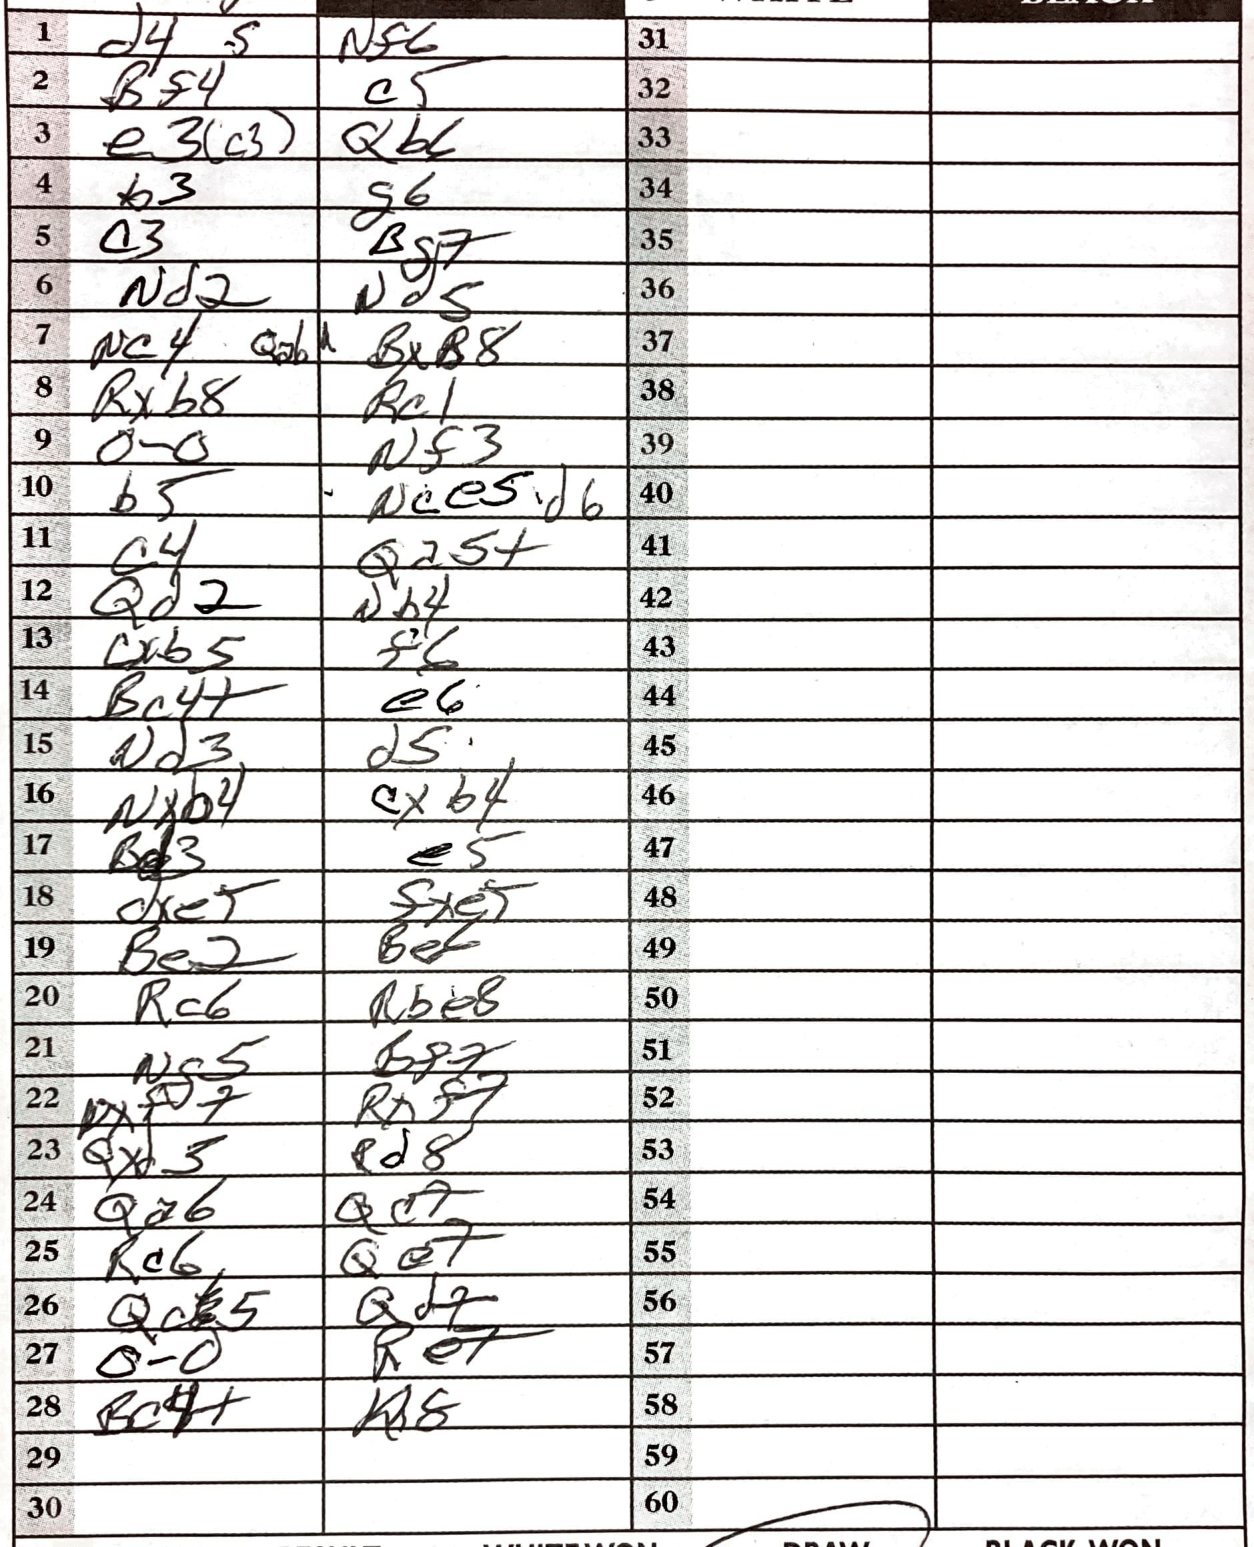
Moves: d4 Nf6 Bf4 c5 e3c3 Qb6 b3 g6 c3 Bg7 Nd2 Nd5 Nc4 Bxb8 Rxb8 Rc1 O-O Nf3 b5 Nce5d6 c4 Qa5+ Qd2 Nb4 cxb5 f6 Bc4+ e6 Nd3 d5 Nxb4 cxb4 Bd3 e5 dxe5 fxe5 Be2 Be6 Rc6 Rbe8 Nf5 Bf7 Rxf7 Qx3 Rd8 Qa6 Qc7 Rc6 Qe7 Qd7 O-O Re7 Kh8